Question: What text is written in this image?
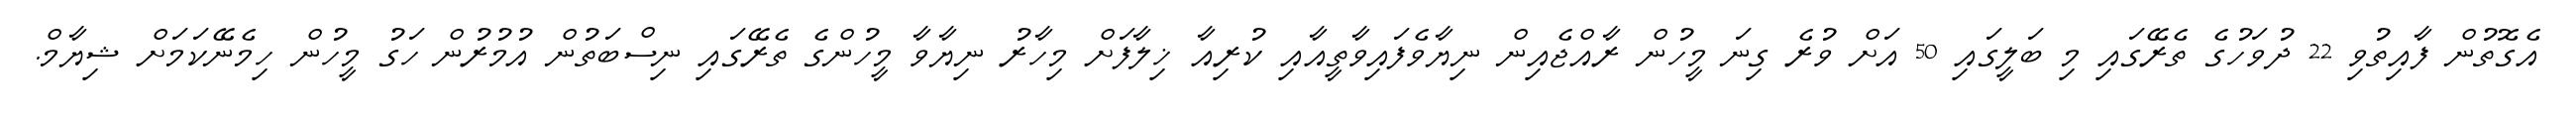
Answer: އެގޮތުން ފާއިތުވި 22 ދުވަހުގެ ތެރޭގައި މި ބަލީގައި 50 އަށް ވުރެ ގިނަ މީހުން ރާއްޖެއިން ނިޔާވެފައިވާތީއާއި ކުރިއާ ޚިލާފަށް މިހާރު ނިޔާވާ މީހުންގެ ތެރޭގައި ނިސްބަތުން އުމުރުން ހަގު މީހުން ހިމެނޭކަމަށް ޝިޔާމް.